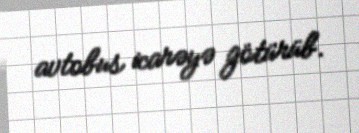
avtobus icarəyə götürüb.